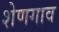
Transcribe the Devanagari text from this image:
शेणगाव